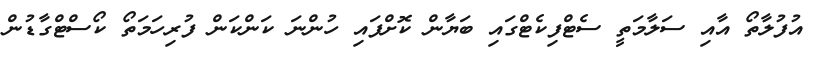
އުފުލާތޯ އާއި ސަލާމަތީ ސެޓްފިކެޓްގައި ބަޔާން ކޮށްފައި ހުންނަ ކަންކަން ފުރިހަމަތޯ ކޯސްޓްގާޑުން